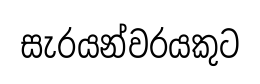
සැරයන්වරයකුට